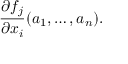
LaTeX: { \frac { \partial f _ { j } } { \partial { x _ { i } } } } ( a _ { 1 } , \dots , a _ { n } ) .